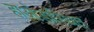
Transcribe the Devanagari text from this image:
हाओडास्थित